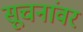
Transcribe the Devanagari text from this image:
सूचनांवर